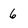
Character: 6